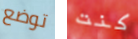
توضع كنت